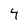
Character: 4